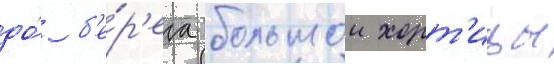
до́ б'е́р'ега большои хорт'ицы